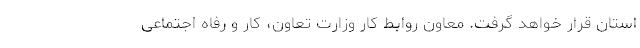
استان قرار خواهد گرفت. معاون روابط کار وزارت تعاون، کار و رفاه اجتماعی